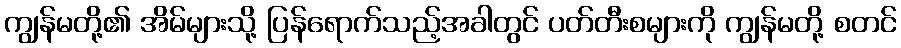
ကျွန်မတို့၏ အိမ်များသို့ ပြန်ရောက်သည့်အခါတွင် ပတ်တီးစများကို ကျွန်မတို့ စတင်